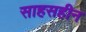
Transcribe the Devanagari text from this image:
साहसहीन